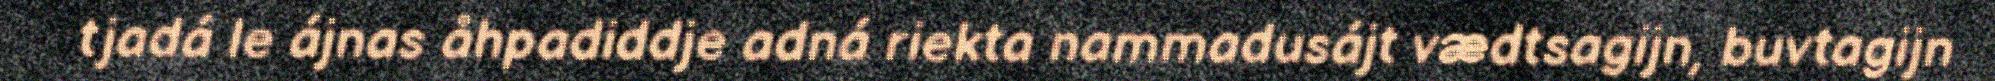
tjadá le ájnas åhpadiddje adná riekta nammadusájt vædtsagijn, buvtagijn